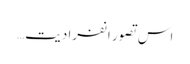
اس تصور انفرادیت…